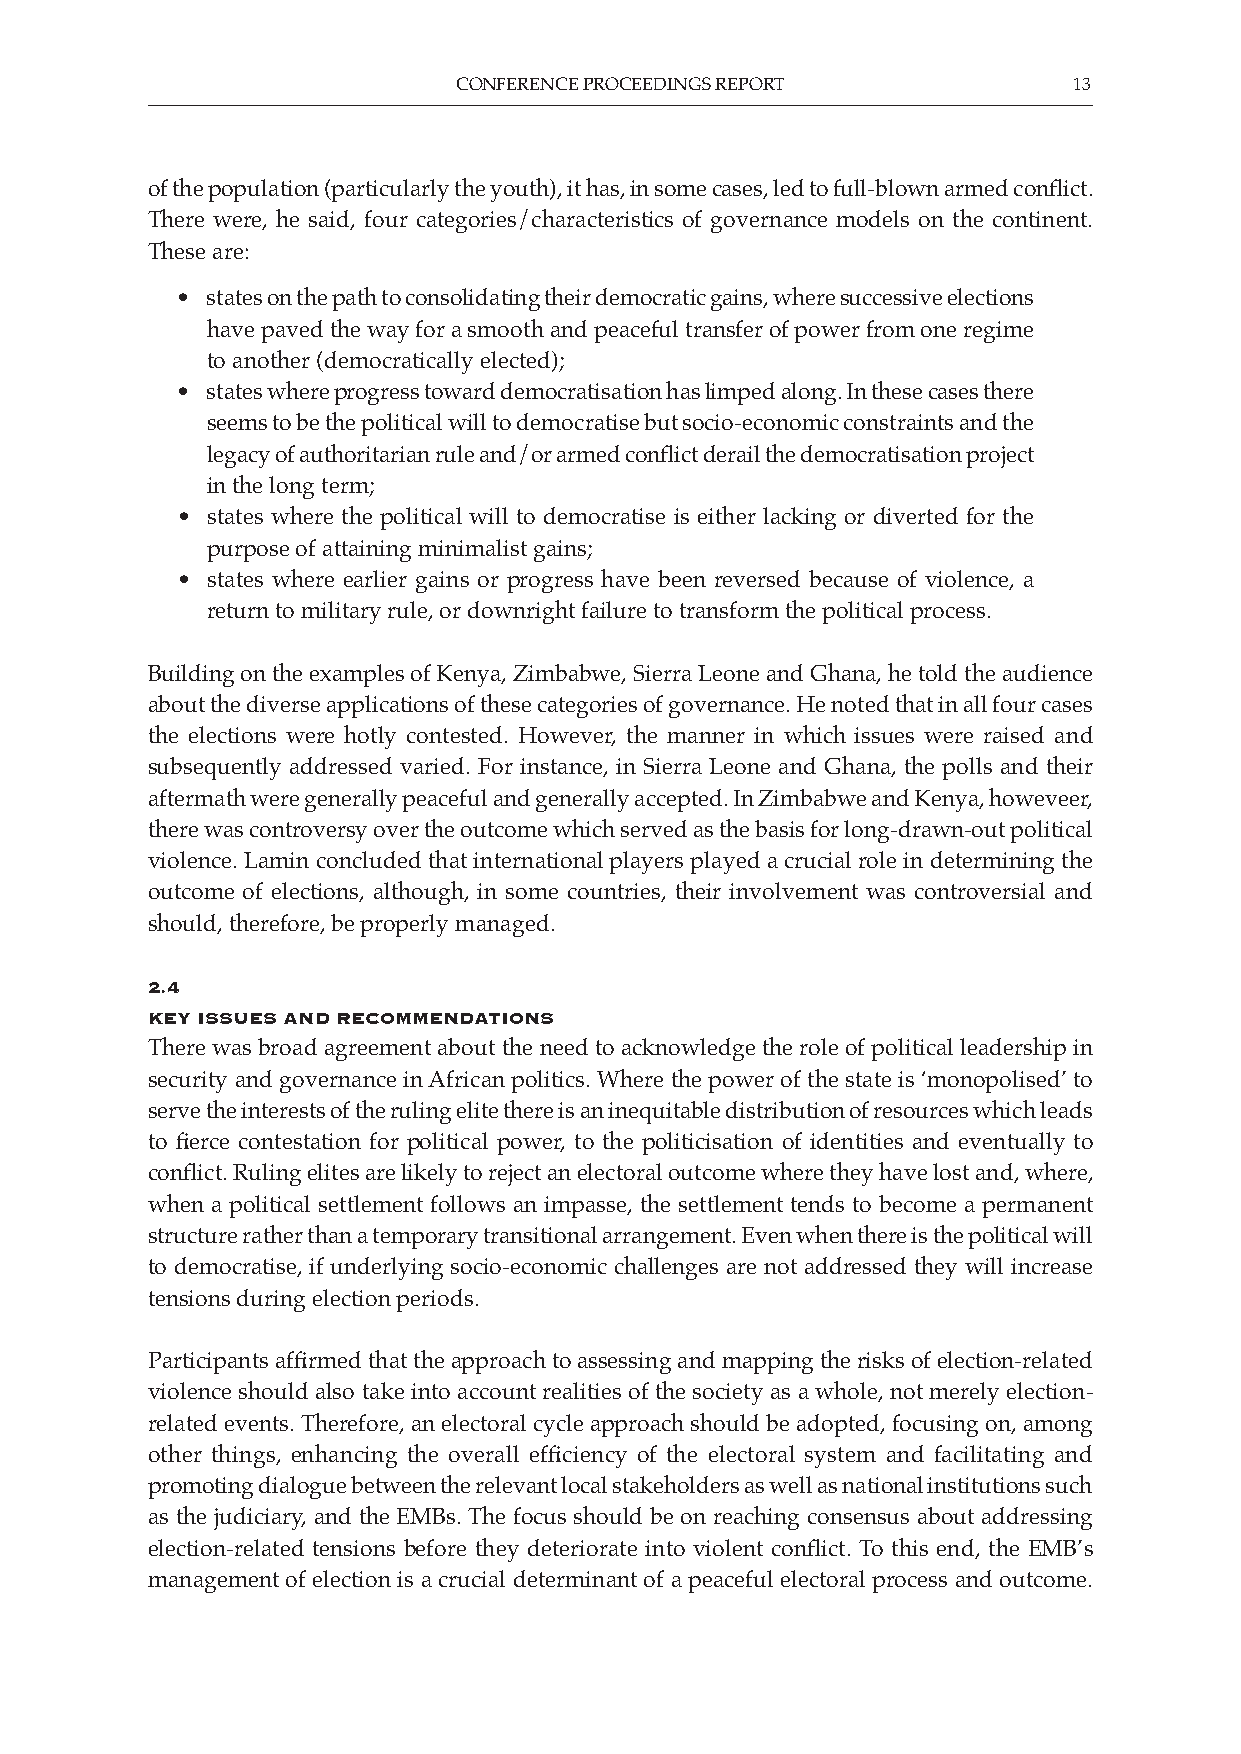
CONFERENCE PROCEEDINGS REPORT            13
 of the population (particularly the youth), it has, in some cases, led to full-blown armed conflict.
 There were, he said, four categories/characteristics of governance models on the continent.
 These are:
 • states on the path to consolidating their democratic gains, where successive elections
 have paved the way for a smooth and peaceful transfer of power from one regime
 to another (democratically elected);
 • states where progress toward democratisation has limped along. In these cases there
 seems to be the political will to democratise but socio-economic constraints and the
 legacy of authoritarian rule and/or armed conflict derail the democratisation project
 in the long term;
 • states where the political will to democratise is either lacking or diverted for the
 purpose of attaining minimalist gains;
 • states where earlier gains or progress have been reversed because of violence, a
 return to military rule, or downright failure to transform the political process.
 Building on the examples of Kenya, Zimbabwe, Sierra Leone and Ghana, he told the audience
 about the diverse applications of these categories of governance. He noted that in all four cases
 the elections were hotly contested. However, the manner in which issues were raised and
 subsequently addressed varied. For instance, in Sierra Leone and Ghana, the polls and their
 aftermath were generally peaceful and generally accepted. In Zimbabwe and Kenya, howeveer,
 there was controversy over the outcome which served as the basis for long-drawn-out political
 violence. Lamin concluded that international players played a crucial role in determining the
 outcome of elections, although, in some countries, their involvement was controversial and
 should, therefore, be properly managed.
 2.4
 Key issues and reCommendations
 There was broad agreement about the need to acknowledge the role of political leadership in
 security and governance in African politics. Where the power of the state is ‘monopolised’ to
 serve the interests of the ruling elite there is an inequitable distribution of resources which leads
 to fierce contestation for political power, to the politicisation of identities and eventually to
 conflict. Ruling elites are likely to reject an electoral outcome where they have lost and, where,
 when a political settlement follows an impasse, the settlement tends to become a permanent
 structure rather than a temporary transitional arrangement. Even when there is the political will
 to democratise, if underlying socio-economic challenges are not addressed they will increase
 tensions during election periods.
 Participants affirmed that the approach to assessing and mapping the risks of election-related
 violence should also take into account realities of the society as a whole, not merely election-
 related events. Therefore, an electoral cycle approach should be adopted, focusing on, among
 other things, enhancing the overall efficiency of the electoral system and facilitating and
 promoting dialogue between the relevant local stakeholders as well as national institutions such
 as the judiciary, and the EMBs. The focus should be on reaching consensus about addressing
 election-related tensions before they deteriorate into violent conflict. To this end, the EMB’s
 management of election is a crucial determinant of a peaceful electoral process and outcome.